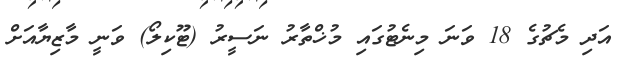
އަދި މެޗުގެ 18 ވަނަ މިނެޓުގައި މުޚްތާރު ނަސީރު (ޓޫކިލޯ) ވަނީ މާޒިޔާއަށް